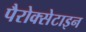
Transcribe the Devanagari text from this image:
पैरोक्सेटाइन